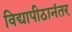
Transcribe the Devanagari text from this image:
विद्यापीठानंतर